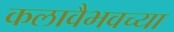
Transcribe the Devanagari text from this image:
कलावैभवच्या